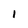
Character: 1